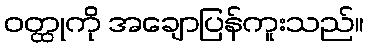
ဝတ္ထုကို အချောပြန်ကူးသည်။